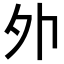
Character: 𡖄